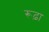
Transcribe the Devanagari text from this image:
रूढ़ा